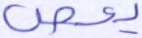
يعص